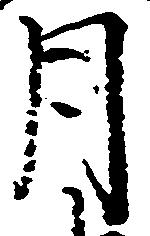
月